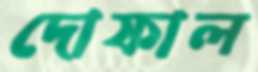
দোফাল